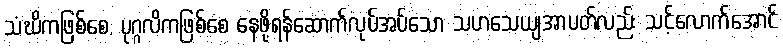
သံဃိကဖြစ်စေ, ပုဂ္ဂလိကဖြစ်စေ နေဖို့ရန်ဆောက်လုပ်အပ်သော သဟသေယျအာပတ်လည်း သင့်လောက်အောင်